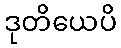
ဒုတိယေပိ